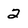
Character: 2